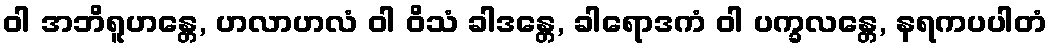
ဝါ အဘိရူဟန္တေ, ဟလာဟလံ ဝါ ဝိသံ ခါဒန္တေ, ခါရောဒကံ ဝါ ပက္ခလန္တေ, နရကပပါတံ